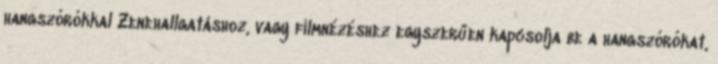
hangszórókkal Zenehallgatáshoz, vagy filmnézéshez egyszerűen kapcsolja be a hangszórókat,